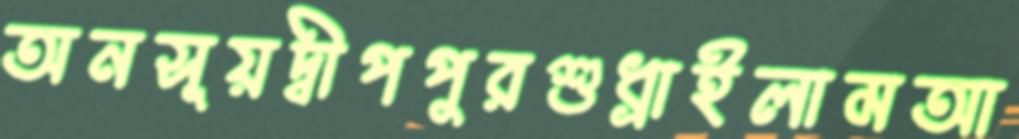
অনসূয়দ্বীপপুরশুধ্‌রাইলামআ